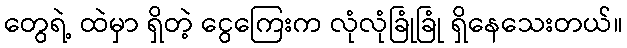
တွေရဲ့ ထဲမှာ ရှိတဲ့ ငွေကြေးက လုံလုံခြုံခြုံ ရှိနေသေးတယ်။